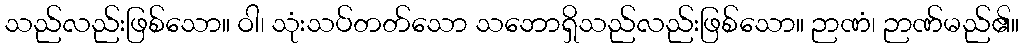
သည်လည်းဖြစ်သော။ ဝါ၊ သုံးသပ်တတ်သော သဘောရှိသည်လည်းဖြစ်သော။ ဉာဏံ၊ ဉာဏ်မည်၏။